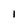
Character: 1